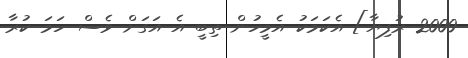
2000 ރުފިޔާ] އެކަމަކު އެމީހުން ތިބީ އެ އަގަށް ވެސް ހަމަ ކުރާ